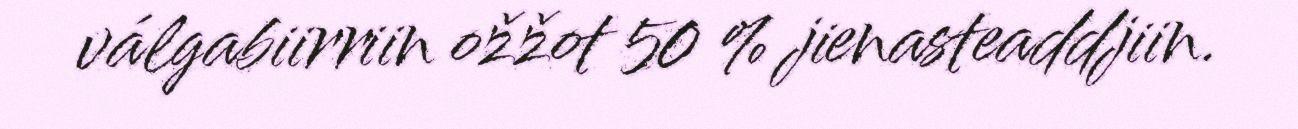
válgabiirriin ožžot 50 % jienasteaddjiin.